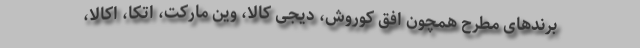
برندهای مطرح همچون افق کوروش، دیجی کالا، وین مارکت، اتکا، اُکالا،